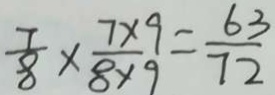
\frac { 7 } { 8 } \times \frac { 7 \times 9 } { 8 \times 9 } = \frac { 6 3 } { 7 2 }